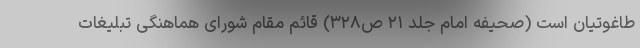
طاغوتیان است (صحیفه امام جلد ۲۱ ص۳۲۸) قائم مقام شورای هماهنگی تبلیغات